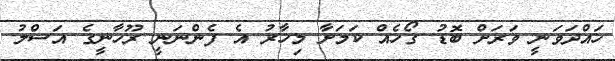
ހައްދަވަނީ ވަރަށް ބޮޑު ގޯހެއް ކަމަށާ މިހާރު އެ ފެންނަނީ ރޫހާނީގެ އަސްލު